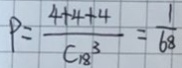
P = \frac { 4 + 4 + 4 } { C _ { 1 8 ^ { 3 } } } = \frac { 1 } { 6 8 }